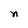
Character: n